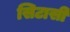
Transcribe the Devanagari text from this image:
सिटासी